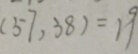
( 5 7 , 3 8 ) = 1 9